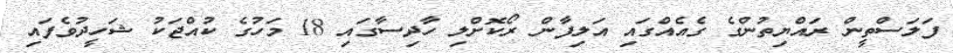
ފަލަސްތީން ރައްޔިތުންގެ ގެއެއްގައި އަލިފާން ރޯކޮށްލި ހާދިސާގައި 18 މަހުގެ ކުއްޖަކު ޝަހީދުވެފައި